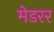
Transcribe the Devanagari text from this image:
मेडरर